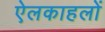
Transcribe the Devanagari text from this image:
ऐलकाहलों